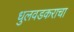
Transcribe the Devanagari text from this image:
धुलवडकराचा